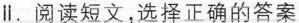
∥.阅读短文,选择正确的答案